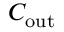
C _ { \mathrm { o u t } }